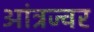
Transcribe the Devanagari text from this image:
आंत्रज्वर